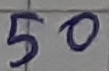
Text: 50